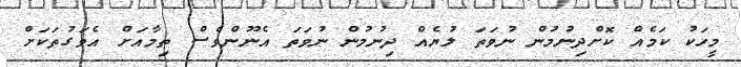
މީހަކު ކަމެއް ކޮށްދިނުމުން ނުވަތަ ލުޔެއް ދިނުމުން ނުވަތަ އެނޫންވެސް ތިމާއަށް އެވަގުތަކަށް